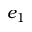
e _ { 1 }